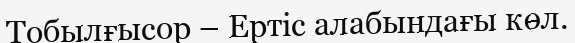
Тобылғысор – Ертіс алабындағы көл.